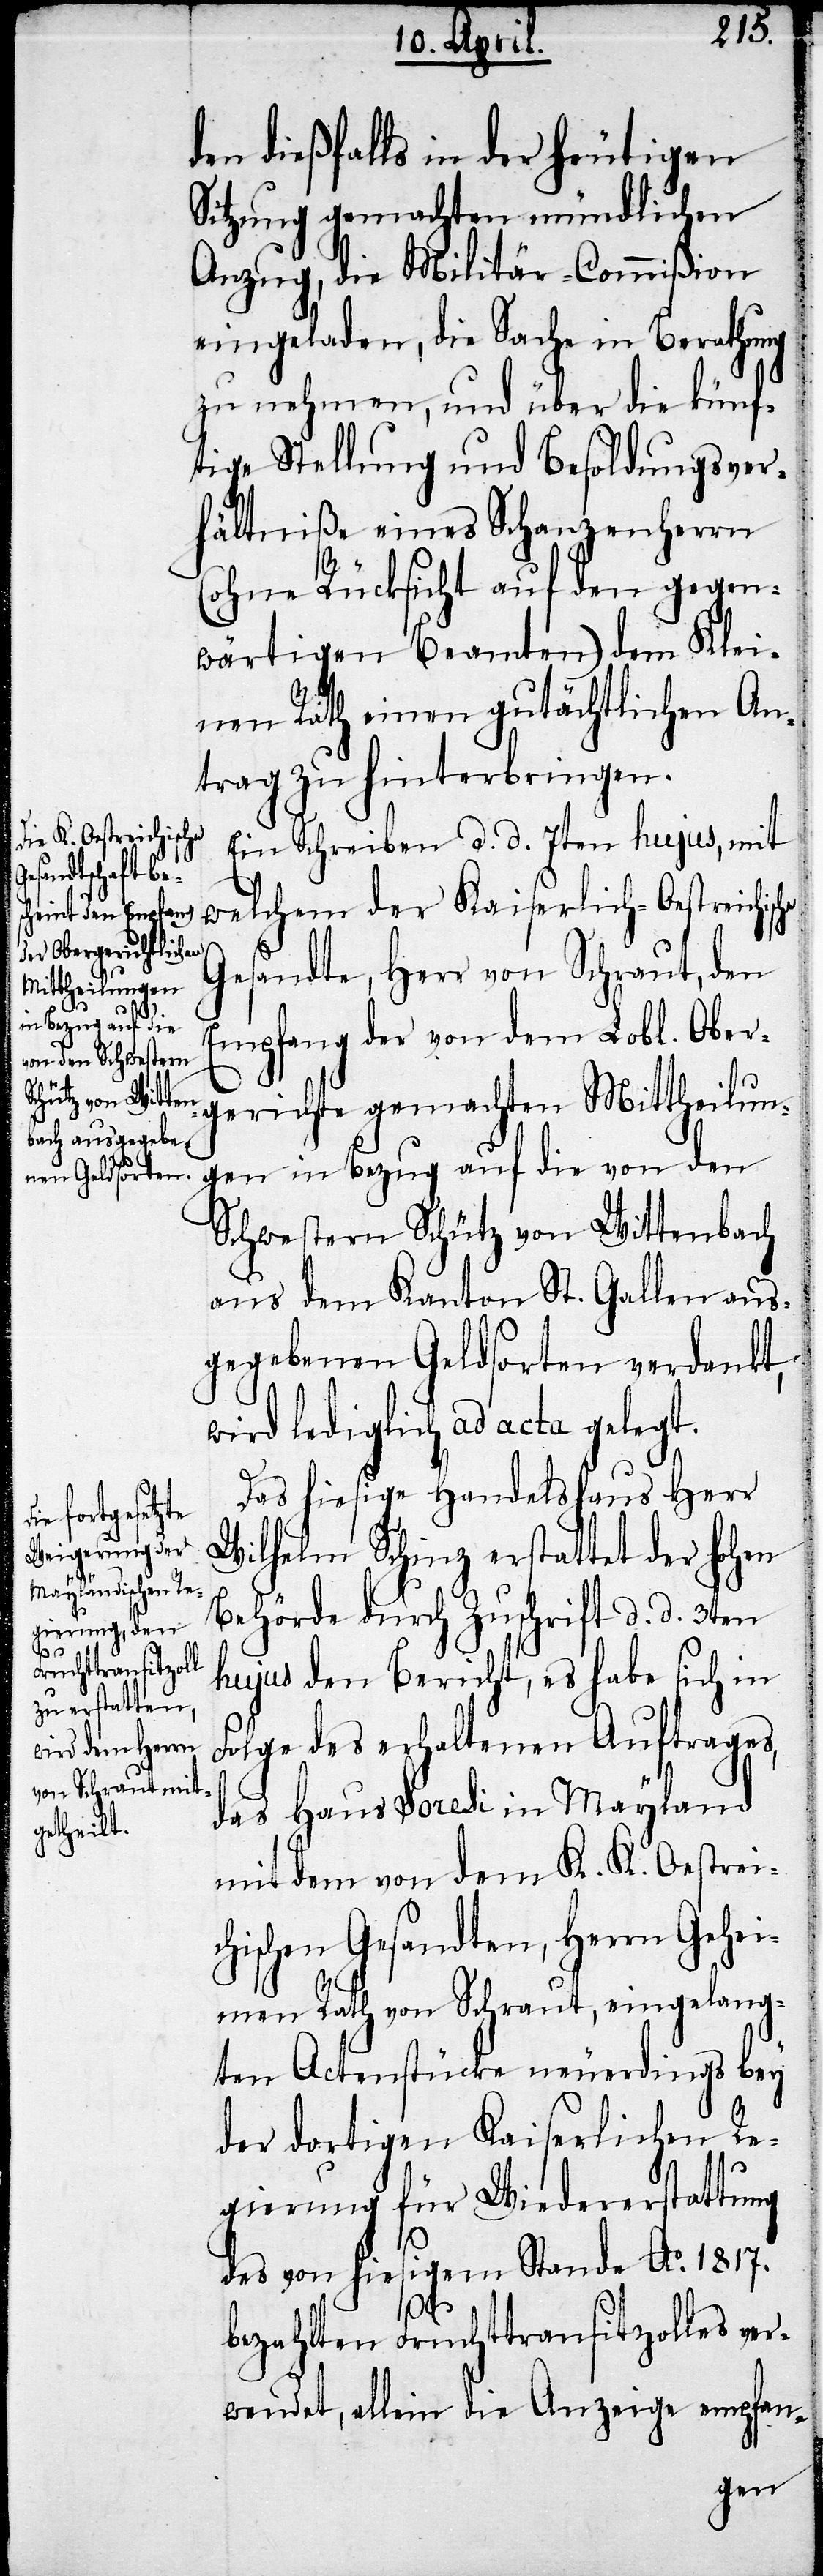
den dießfalls in der heutigen
Sitzung gemachten mündlichen
Anzug, die Militär-Commißion
eingeladen, die Sache in Berathung
zu nehmen, und über die künf¬
tige Stellung und Besoldungsver¬
hältniße eines Schanzenherrn
(ohne Rücksicht auf den gegen¬
wärtigen Beamten) dem Klei¬
nen Rath einen gutächtlichen An¬
trag zu hinterbringen.
Ein Schreiben d. d. 7ten hujus, mit
welchem der Kaiserlich-Oestreichi¬
Gesandte, Herr von Schraut, den
Empfang der von dem Lobl. Ober¬
gerichte gemachten Mittheilung¬
en in Bezug auf die von den
Schwestern Schütz von Wittenbach
aus dem Kanton St. Gallen aus¬
gegebenen Geldsorten verdankt,
wird lediglich ad acta gelegt.
Das hiesige Handelshaus Herr
Wilhelm Schinz erstattet der hohen
Behörde durch Zuschrift d. d. 3ten
hujus den Bericht, es habe sich in
Folge des erhaltenen Auftrages,
das Haus Soresi in Mayland
mit dem von dem K. K. Oestreic¬
hischen Gesandten, Herrn Gehei¬
men Rath von Schraut, eingelang¬
ten Actenstücke neuerdings bey
der dortigen Kaiserlichen Re¬
gierung für Wiedererstattung
sche
des von hiesigem Stande Ao. 1817.
bezahlten Fruchttransitzolles ver¬
wendet, allein die Anzeige empfan-